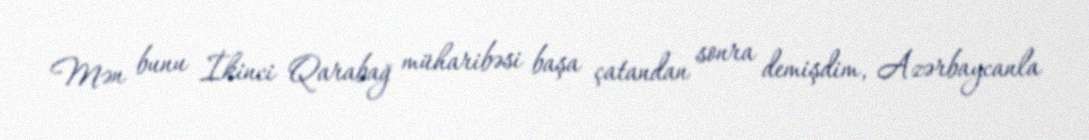
Mən bunu İkinci Qarabağ müharibəsi başa çatandan sonra demişdim, Azərbaycanla